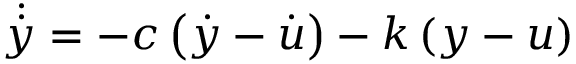
\dot { \dot { y } } = - c \left( \dot { y } - \dot { u } \right) - k \left( y - u \right)